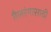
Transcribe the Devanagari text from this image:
तैलरंगासाठी